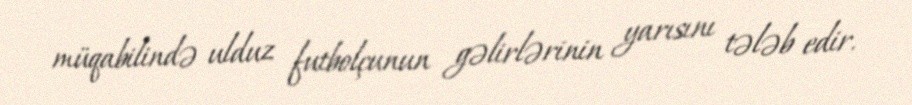
müqabilində ulduz futbolçunun gəlirlərinin yarısını tələb edir.